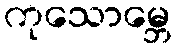
ကုသောမ္ဘေ